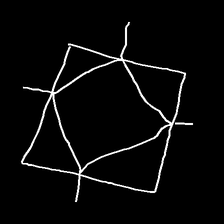
Glyph: light